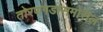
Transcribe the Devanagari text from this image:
तोरणगडासमोरील